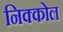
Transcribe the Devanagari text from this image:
निक्कोल